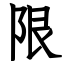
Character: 限